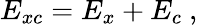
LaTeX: E_{xc}=E_{x}+E_{c}\ ,